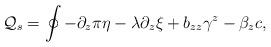
LaTeX: \begin{align*}{\cal Q}_s=\oint -\partial_z\pi\eta-\lambda\partial_z\xi+b_{zz}\gamma^z-\beta_z c,\end{align*}